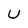
Character: U